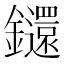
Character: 𨰄